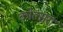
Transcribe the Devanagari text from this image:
कोल्‍सरा